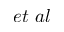
e t ~ a l